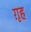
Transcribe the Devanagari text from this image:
ग़ृह